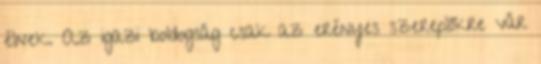
élnek. Az igazi boldogság csak az erényes szereplőkre vár